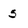
Character: 5